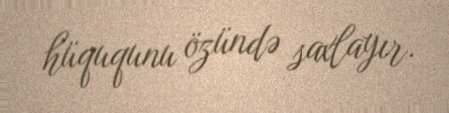
hüququnu özündə saxlayır.